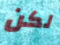
لكن